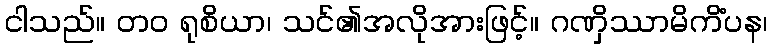
ငါသည်။ တဝ ရုစိယာ၊ သင်၏အလိုအားဖြင့်။ ဂဏှိဿာမိကိံပန၊